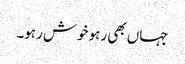
جہاں بھی رہو خوش رہو۔